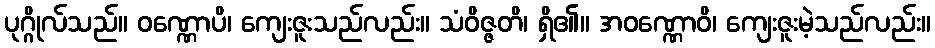
ပုဂ္ဂိုလ်သည်။ ဝဏ္ဏောပိ၊ ကျေးဇူးသည်လည်း။ သံဝိဇ္ဇတိ၊ ရှိ၏။ အဝဏ္ဏောဝိ၊ ကျေးဇူးမဲ့သည်လည်း။